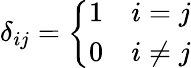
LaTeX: \delta_{ij}={\left\{ \begin{array}{ll}{1}&{i=j}\\ {0}&{i\not=j}\end{array}\right.}